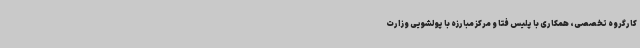
کارگروه تخصصی، همکاری با پلیس فتا و مرکز مبارزه با پولشویی وزارت